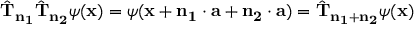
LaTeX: { \hat { \mathbf { T } } } _ { \mathbf { n _ { 1 } } } { \hat { \mathbf { T } } } _ { \mathbf { n _ { 2 } } } \psi ( \mathbf { x } ) = \psi ( \mathbf { x } + \mathbf { n _ { 1 } } \cdot \mathbf { a } + \mathbf { n _ { 2 } } \cdot \mathbf { a } ) = { \hat { \mathbf { T } } } _ { \mathbf { n _ { 1 } } + \mathbf { n _ { 2 } } } \psi ( \mathbf { x } )